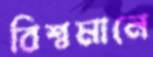
বিশ্বমানে